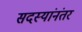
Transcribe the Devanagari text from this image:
सदस्यांनंतर